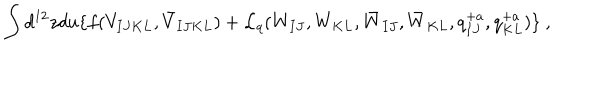
\int d ^ { 1 2 } z d u \{ f ( V _ { I J K L } , \bar { V } _ { I J K L } ) + { \cal L } _ { q } ( W _ { I J } , W _ { K L } , \bar { W } _ { I J } , \bar { W } _ { K L } , q _ { I J } ^ { + a } , q _ { K L } ^ { + a } ) \} ~ ,